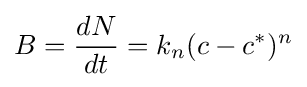
B={\dfrac {dN}{dt}}=k_{n}(c-c^{*})^{n}